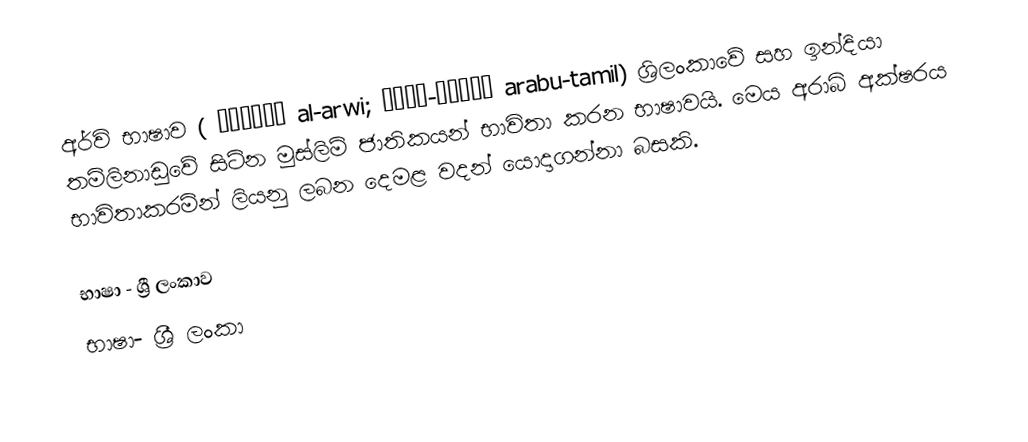
අර්වි භාෂාව ( الأروي al-arwi; அரபு-தமிழ் arabu-tamil) ශ්‍රිලංකාවේ සහ ඉන්දියා තමිලිනාඩුවේ සිටින මුස්ලිම් ජාතිකයන් භාවිතා කරන භාෂාවයි. මෙය අරාබි අක්ෂරය භාවිතාකරමින් ලියනු ලබන දෙමළ වදන් යොදාගන්නා බසකි.

භාෂා - ශ්‍රී ලංකාව
භාෂා- ශ්‍රී ලංකා